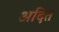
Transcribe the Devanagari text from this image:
अदित